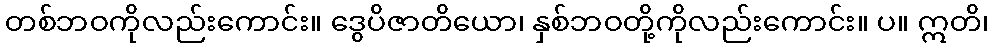
တစ်ဘဝကိုလည်းကောင်း။ ဒွေပိဇာတိယော၊ နှစ်ဘဝတို့ကိုလည်းကောင်း။ ပ။ ဣတိ၊